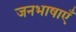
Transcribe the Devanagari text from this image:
जनभाषाएँ